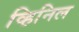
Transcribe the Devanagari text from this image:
व्हिनिल